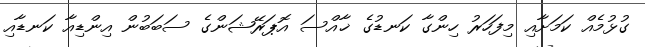
ގުޅުމެއް ކަމަށާއި މިފަހަރު ހިންގާ ކަނޑުގެ ޚާއްސަ އޮޕަރޭޝަންގެ ސަބަބުން އިންޑިއާ ކަނޑާއި